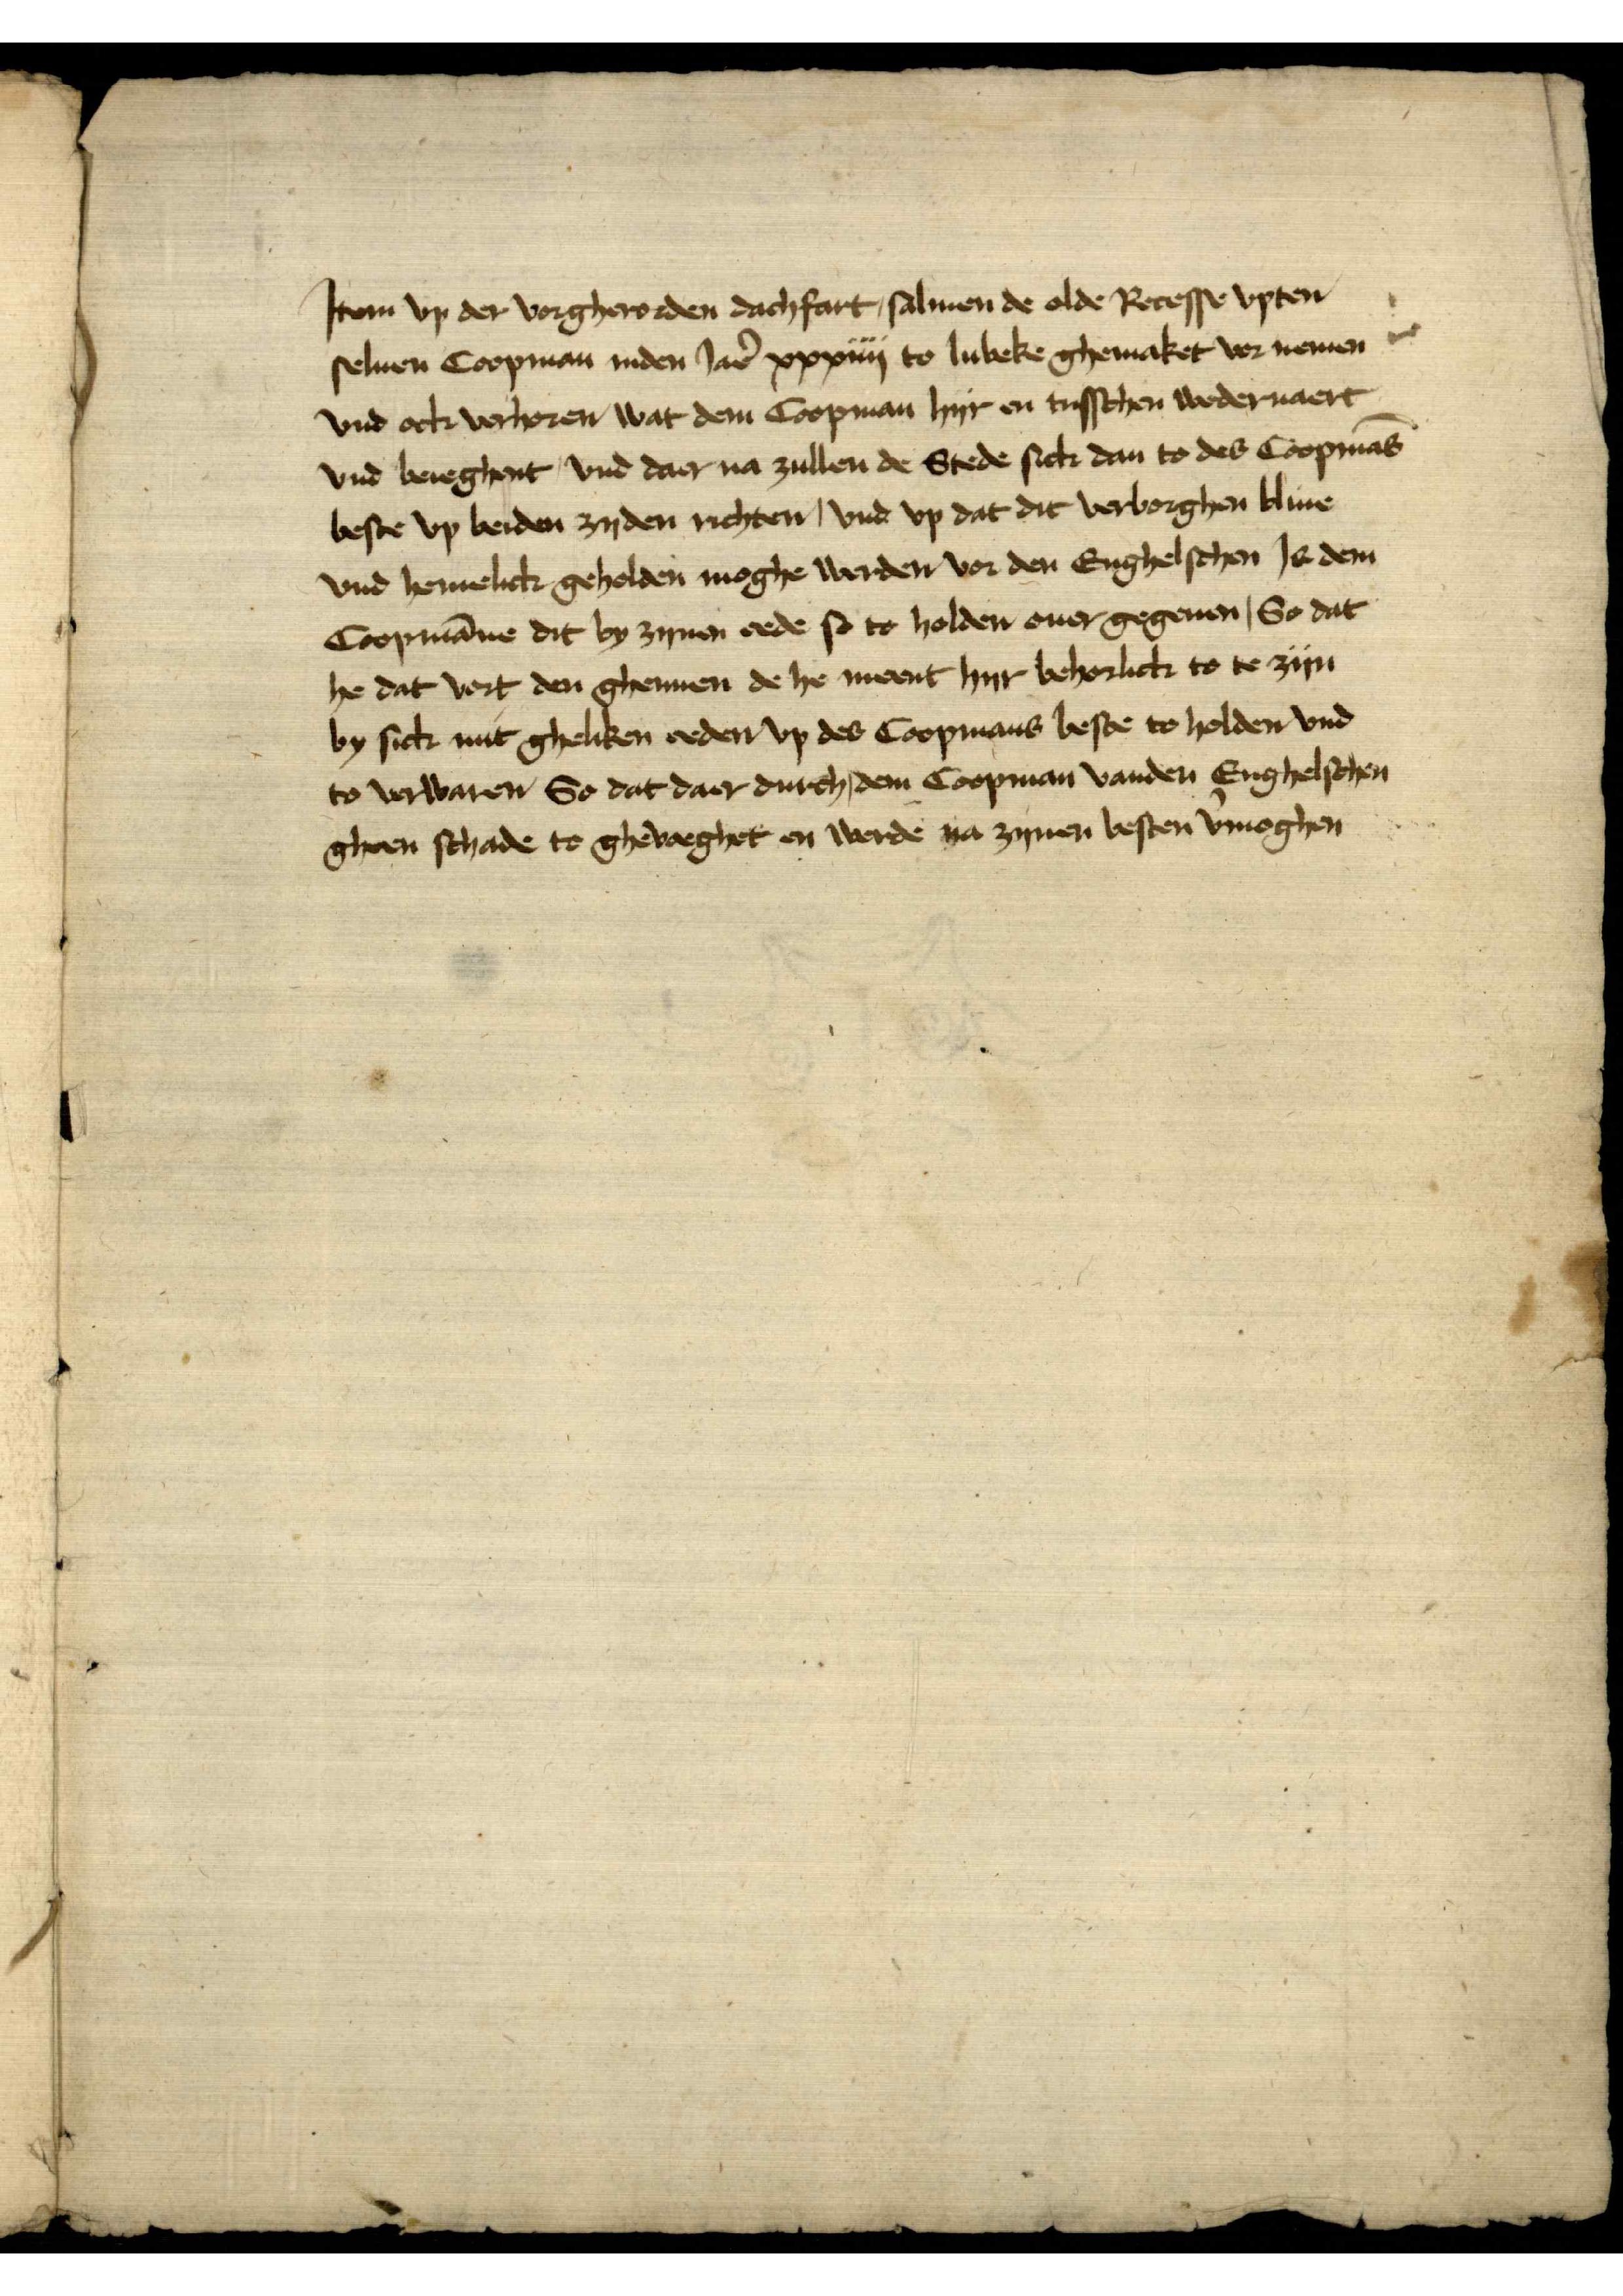
Jtem vp der vorgerorden dachfart salmen de olde Recesse vpten
seluen Coopman inden Jar̉ xxxiiij to Lubeke ghemaket vor nemen
vnd ock verhoren, wat dem Coopman hyr en tusschen wedderuaert
vnd bereghent, vnd daer na zullen de Stede sick den to des Coopmās
beste vp beiden zyden richten, vnd vp dat dit verborghen bliue
vnd hemelick geholden moghe werden vor den Enghelschen Js dem
Coopmāne dit by zynen eede so to holden ouer gegeuen, So dat
he dat vort den ghennen de he meent hyr behorlick to te zyn
by sick mit gheliken reden vp des Coopmans beste to holden vnd
to verwaren, So dat daer durch dem, Coopman vanden Enghelschen
gheen schade to ghevoeghet en werde na zynen besten v̉moghen